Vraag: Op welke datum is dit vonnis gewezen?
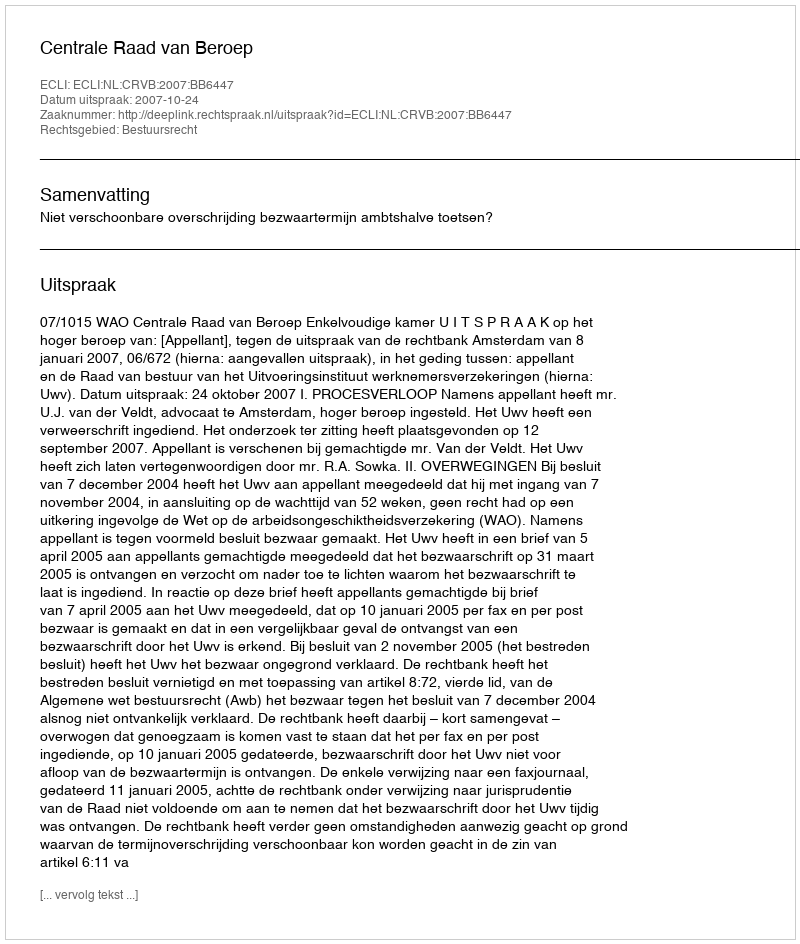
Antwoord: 2007-10-24